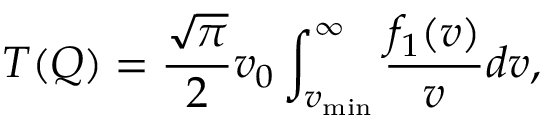
T ( Q ) = \frac { \sqrt { \pi } } { 2 } v _ { 0 } \int _ { v _ { \mathrm { m i n } } } ^ { \infty } { \frac { f _ { 1 } ( v ) } { v } d v } ,